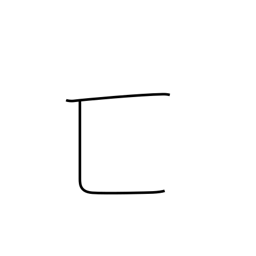
Meaning: hiding enclosure radical (no. 23)